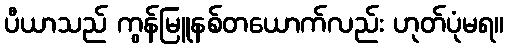
ပီယာသည် ကွန်မြူနစ်တယောက်လည်း ဟုတ်ပုံမရ။